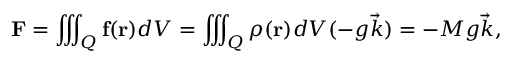
\mathbf { F } = \iiint _ { Q } \mathbf { f } ( \mathbf { r } ) d V = \iiint _ { Q } \rho ( \mathbf { r } ) d V ( - g { \vec { k } } ) = - M g { \vec { k } } ,